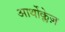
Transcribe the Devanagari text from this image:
आर्थोक्लेज़